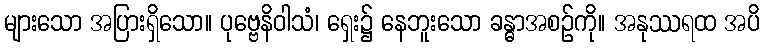
များသော အပြားရှိသော။ ပုဗ္ဗေနိဝါသံ၊ ရှေး၌ နေဘူးသော ခန္ဓာအစဉ်ကို။ အနုဿရထ အပိ